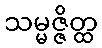
သမ္မဇ္ဇိတ္ထ